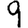
Digit: 9